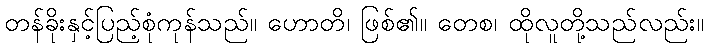
တန်ခိုးနှင့်ပြည့်စုံကုန်သည်။ ဟောတိ၊ ဖြစ်၏။ တေစ၊ ထိုလူတို့သည်လည်း။